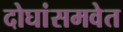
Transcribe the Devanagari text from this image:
दोघांसमवेत